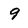
Character: 9